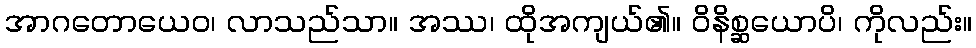
အာဂတောယေဝ၊ လာသည်သာ။ အဿ၊ ထိုအကျယ်၏။ ဝိနိစ္ဆယောပိ၊ ကိုလည်း။